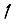
Digit: 1